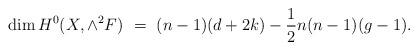
LaTeX: \begin{align*}\dim H^0 (X, \wedge^2 F) \ = \ (n-1)(d+2k) - \frac{1}{2} n(n-1)(g-1).\end{align*}